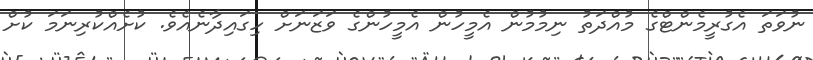
ނުވަތަ އެގުރީމެންޓްގެ މުއްދަތު ނިމުމުން އެމީހުން އެމީހުންގެ ވަޒަނަށް ހިގައިދާނެއެވެ. ކުށެއްކުރިނަމަ ކުށް